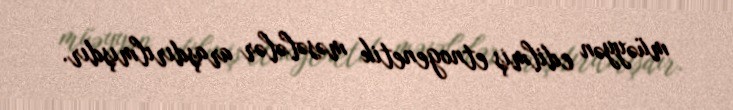
müəyyən edilmiş etnogenetik məsələlər araşdırılmışdır.